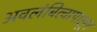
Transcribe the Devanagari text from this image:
अवलंबित्वापासून